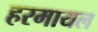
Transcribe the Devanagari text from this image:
हरमायल